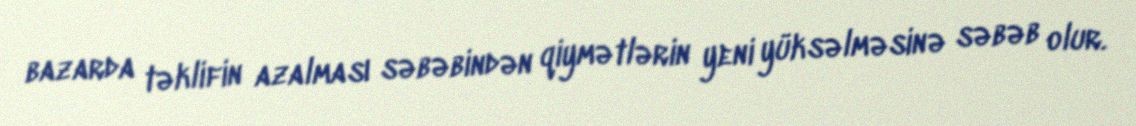
bazarda təklifin azalması səbəbindən qiymətlərin yeni yüksəlməsinə səbəb olur.